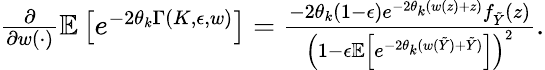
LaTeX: \begin{array}{r}{\frac{\partial}{\partial w(\cdot)}\mathbb{E}\left[e^{-2\theta_{k}\Gamma(K,\epsilon,w)}\right]=\frac{-2\theta_{k}(1-\epsilon)e^{-2\theta_{k}(w(z)+z)}f_{\tilde{Y}}(z)}{\left(1-\epsilon\mathbb{E}\left[e^{-2\theta_{k}(w(\tilde{Y})+\tilde{Y})}\right]\right)^{2}}.}\end{array}